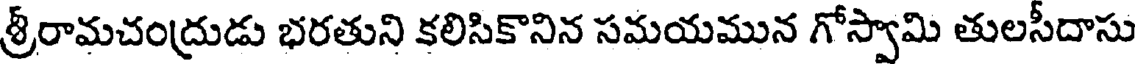
శ్రీరామచంద్రుడు భరతుని కలిసికొనిన సమయమున గోస్వామి తులసీదాసు